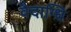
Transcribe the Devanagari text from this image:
वैदाग्धि